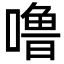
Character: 噜